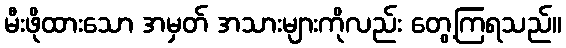
မီးဖိုထားသော အမှတ် အသားများကိုလည်း တွေ့ကြရသည်။